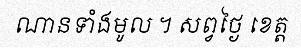
ណានទាំងមូល ។ សព្វថ្ងៃ ខេត្ត